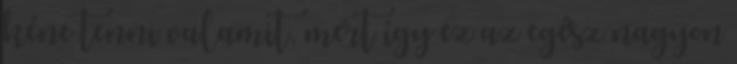
kéne tenni valamit, mert így ez az egész nagyon